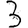
Digit: 3